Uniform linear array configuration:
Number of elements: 12
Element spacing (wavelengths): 0.25
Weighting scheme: hamming
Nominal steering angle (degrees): -60
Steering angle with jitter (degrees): -60.406
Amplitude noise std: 0.05
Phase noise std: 0.05

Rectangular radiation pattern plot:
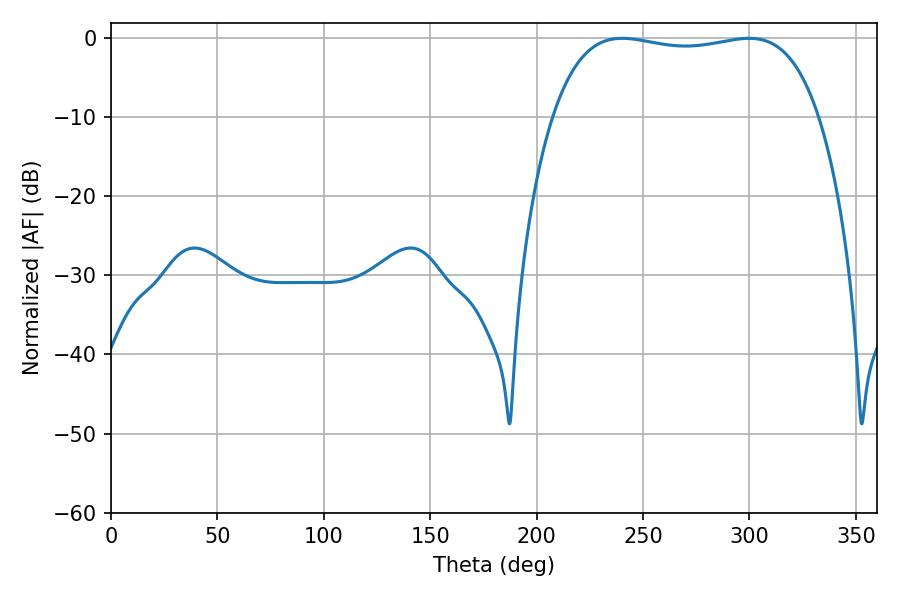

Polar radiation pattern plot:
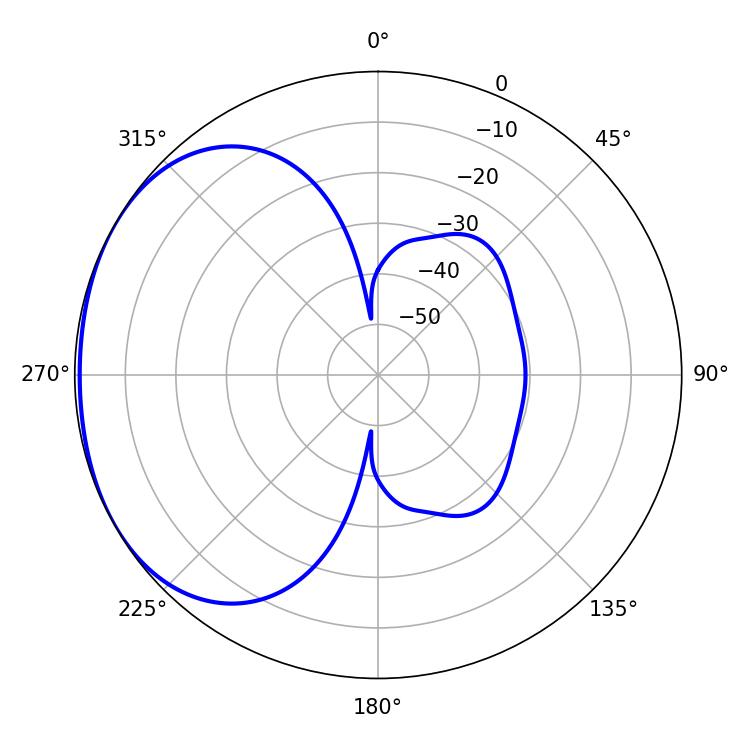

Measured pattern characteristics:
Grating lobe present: FALSE
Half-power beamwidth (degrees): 100.44
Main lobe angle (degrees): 240.12